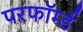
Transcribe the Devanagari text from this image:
परफॉर्म्ड